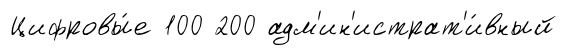
Цифровы́е 100 200 адм'ин'истрат'и́вный